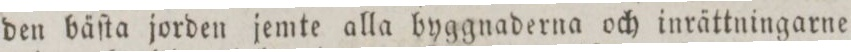
den bäſta jorden jemte alla byggnaderna och inrättningarne